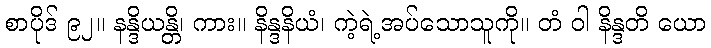
စာပိုဒ် ၉၂။ နန္ဒိယန္တိ၊ ကား။ နိန္ဒနိယံ၊ ကဲ့ရဲ့အပ်သောသူကို။ တံ ဝါ နိန္ဒတိ ယော